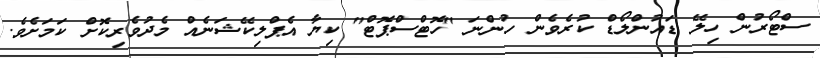
ސްޓޯރުން ހިލޭ ޑައުންލޯޑް ކުރެވެން ހުންނަ "ހޮޓްސްޕޮޓް" ކިޔާ އެޕްލިކޭޝަނެއް މެދުވެރިކޮށް ކަމަށެވެ.